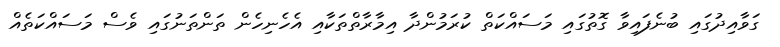
ގަވާއިދުގައި ބުނެފައިވާ ގޮތުގައި މަސައްކަތް ކުރަމުންދާ އިމާރާތްތަކާއި އެހެނިހެން ތަންތަނުގައި ވެސް މަސައްކަތެއް